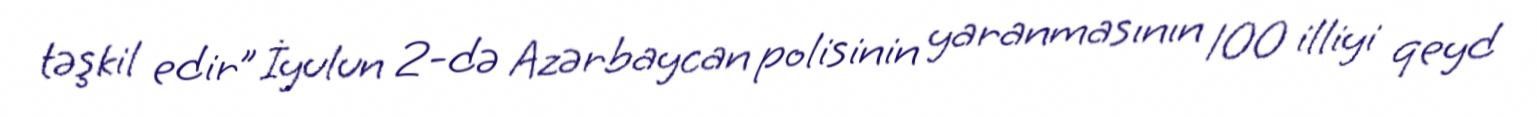
təşkil edir” İyulun 2-də Azərbaycan polisinin yaranmasının 100 illiyi qeyd